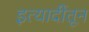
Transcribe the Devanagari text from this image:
इत्यादींतून